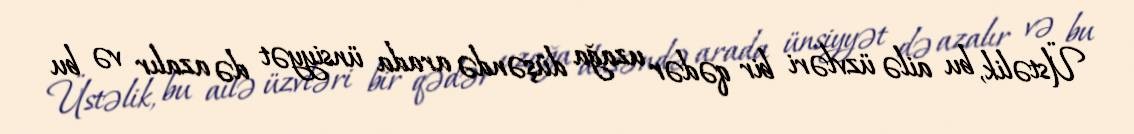
Üstəlik, bu ailə üzvləri bir qədər uzağa düşəndə arada ünsiyyət də azalır və bu